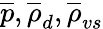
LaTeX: \overline{{p}},\overline{{\rho}}_{d},\overline{{\rho}}_{vs}